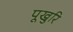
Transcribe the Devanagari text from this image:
पूखुरि